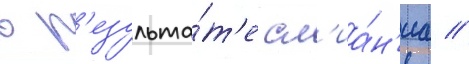
в р'езульта́т'е сл'иа́н'иа //